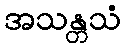
အသန္တသံ